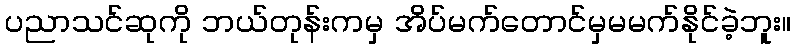
ပညာသင်ဆုကို ဘယ်တုန်းကမှ အိပ်မက်တောင်မှမမက်နိုင်ခဲ့ဘူး။